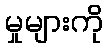
မှုများကို